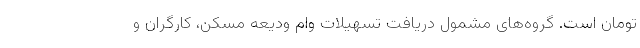
تومان است. گروه‌های مشمول دریافت تسهیلات وام ودیعه مسکن، کارگران و